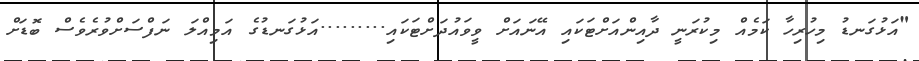
"އަޅުގަނޑު މިހުރިހާ ކަމެއް މިކުރަނީ ދާއިންއަށްޓަކައި އޭނައަށް ވީވައުދަށްޓަކައި.........އަޅުގަނޑުގެ އަމިއްލަ ނަފްސަށްވުރެވެސް ބޮޑަށް